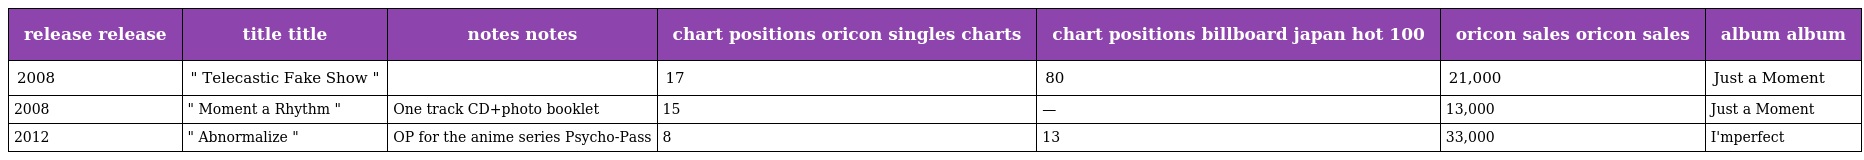
| release release | title title | notes notes | chart positions oricon singles charts | chart positions billboard japan hot 100 | oricon sales oricon sales | album album |
 | --- | --- | --- | --- | --- | --- | --- |
 | 2008 | " Telecastic Fake Show " |  | 17 | 80 | 21,000 | Just a Moment |
 | 2008 | " Moment a Rhythm " | One track CD+photo booklet | 15 | — | 13,000 | Just a Moment |
 | 2012 | " Abnormalize " | OP for the anime series Psycho-Pass | 8 | 13 | 33,000 | I'mperfect |